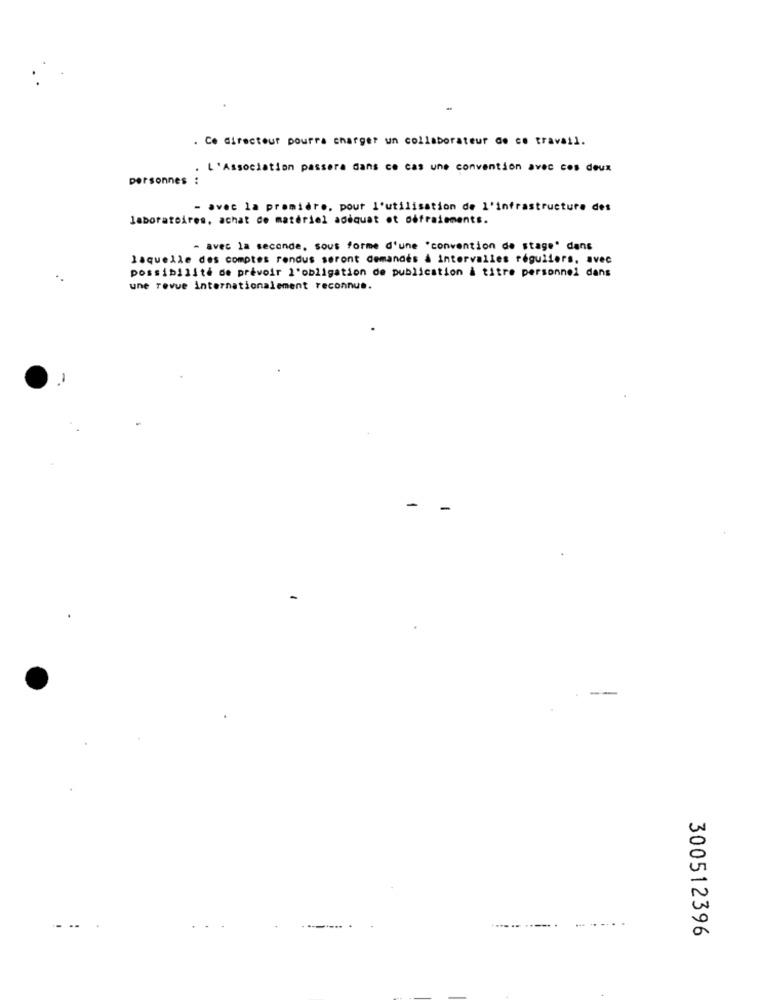
. Co directeur pourra charger un collaborateur de ce travail.
· L'Association passera dans ce cas une convention avec ces deux
personnes
- avec la première, pour l'utilisation de l'infrastructure det
laboratoires, achat de matériel adéquat et défraiements.
- avec la seconde, sous forme d'une "convention de stage" dans
laquelle des comptes rendus seront demandés à intervalles réguliers, avec
possibilité de prévoir l'obligation de publication à titre personnel dans
une revue internationalement reconnus.
-
300512396